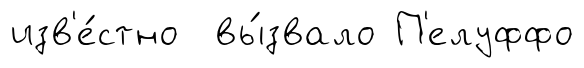
изв'е́стно вы́звало П'елуффо